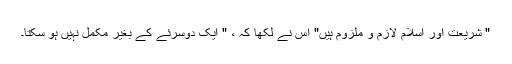
" شریعت اور اسلام لازم و ملزوم ہیں" اس نے لکھا کہ ، " ایک دوسرئے کے بغیر مکمل نہیں ہو سکتا۔